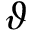
\vartheta